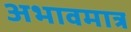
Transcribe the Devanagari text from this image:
अभावमात्र